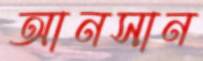
আনসান